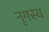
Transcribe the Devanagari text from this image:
नृगस्य